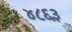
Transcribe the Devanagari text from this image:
४८६३